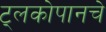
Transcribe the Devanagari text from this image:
ट्लकोपानचे